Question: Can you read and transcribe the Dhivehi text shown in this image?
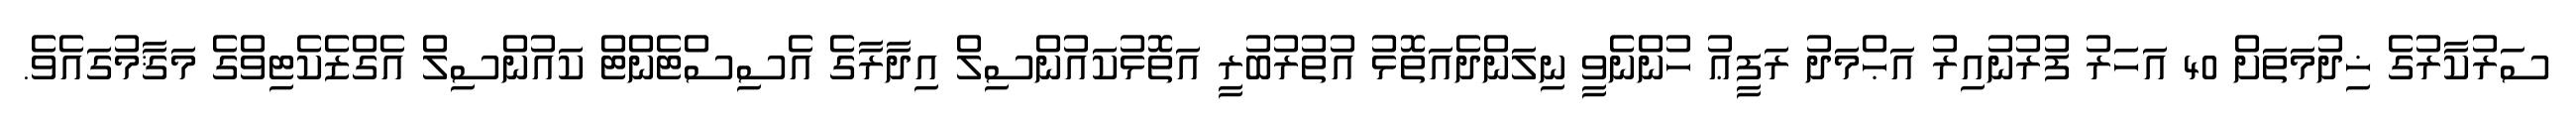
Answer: ސަރުކާރުގެ ޚިދުމަތަށް 40 އަހަރު ފުރުނުއިރު އަޙްމަދު ރަފީޢު ހުންނެވީ ނިލަންދެއަތޮޅު އުތުރުބުރީ އަތޮޅުކައުންސިލް އިދާރާގެ އެސިސްޓެންޓް ކައުންސިލް އެގްޒެކެޓިވްގެ މަޤާމުގައެވެ.